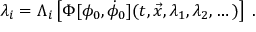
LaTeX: \lambda _ { i } = \Lambda _ { i } \left[ \Phi [ \phi _ { 0 } , \dot { \phi } _ { 0 } ] ( t , { \vec { x } } , \lambda _ { 1 } , \lambda _ { 2 } , \dots ) \right] \; .